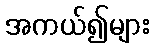
အကယ်၍များ